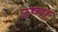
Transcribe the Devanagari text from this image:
उष्पा